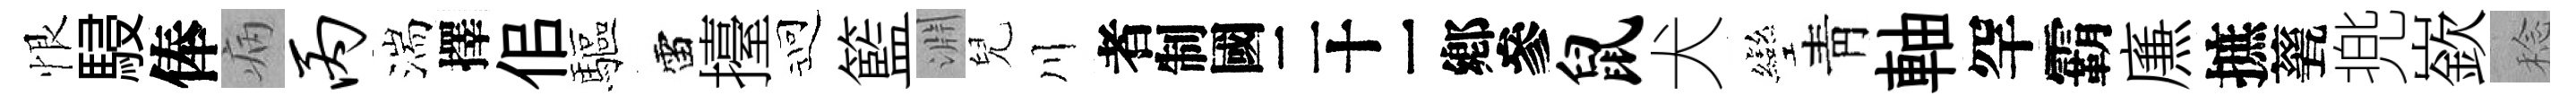
恨駸俸病丙湍擇佀驅雷擡迎籃淵兒川识鼠犬彎靑軸罕霸㢘摭甆兠嶔稔